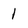
Character: 1